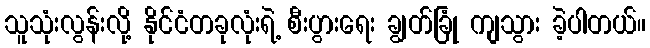
သူသုံးလွန်းလို့ နိုင်ငံတခုလုံးရဲ့ စီးပွားရေး ချွတ်ခြုံ ကျသွား ခဲ့ပါတယ်။